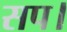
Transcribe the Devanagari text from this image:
सप।